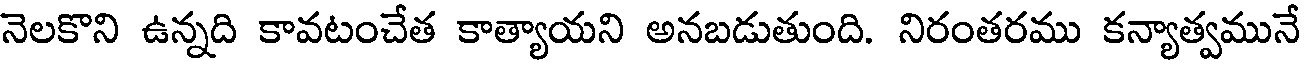
నెలకొని ఉన్నది కావటంచేత కాత్యాయని అనబడుతుంది. నిరంతరము కన్యాత్వమునే